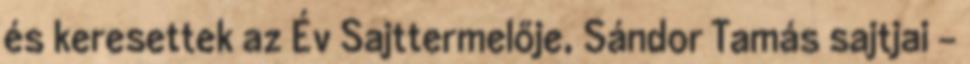
és keresettek az Év Sajttermelője, Sándor Tamás sajtjai –